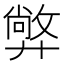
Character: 㢢